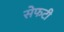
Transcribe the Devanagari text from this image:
सेफटी